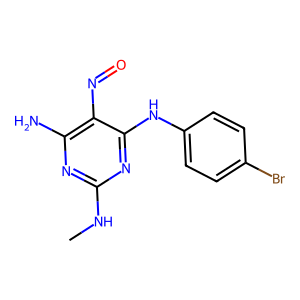
SMILES: CNc1nc(N)c(N=O)c(Nc2ccc(Br)cc2)n1
Inhibits HIV replication: No